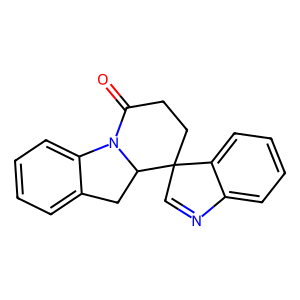
SMILES: O=C1CCC2(C=Nc3ccccc32)C2Cc3ccccc3N12
Inhibits HIV replication: No